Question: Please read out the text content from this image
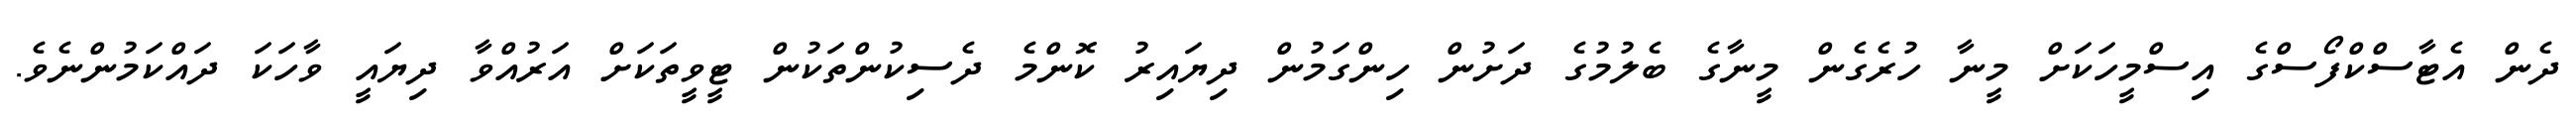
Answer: ދެން އެޓާސްކްފޯސްގެ އިސްމީހަކަށް މީނާ ހުރެގެން މީނާގެ ބެލުމުގެ ދަށުން ހިންގަމުން ދިޔައިރު ކޮންމެ ދެސިކުންތަކުން ޓީވީތަކަށް އަރުއްވާ ދިޔައީ ވާހަކަ ދައްކަމުންނެވެ.